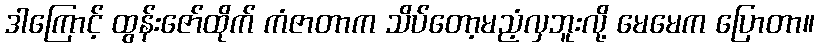
ဒါကြောင့် ထွန်းဇော်ထိုက် ကံဇာတာက သိပ်တော့မညံ့လှဘူးလို့ မေမေက ပြောတာ။